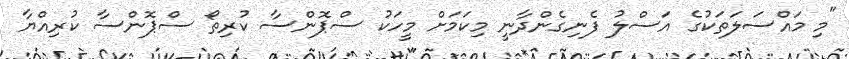
"މި މައްސަލަތަކުގެ އަސްލު ފެނިގެންދާނީ މިކަމަށް މީހަކު ސްޕޮންސާ ކުރިތޯ ސްޕޮންސާ ކުރިއްޔާ